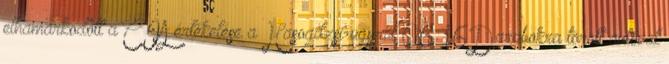
elhamarkodott a CIA értékelése a Hasogdzsi-ügyről 06:16Darabokra törött autóval